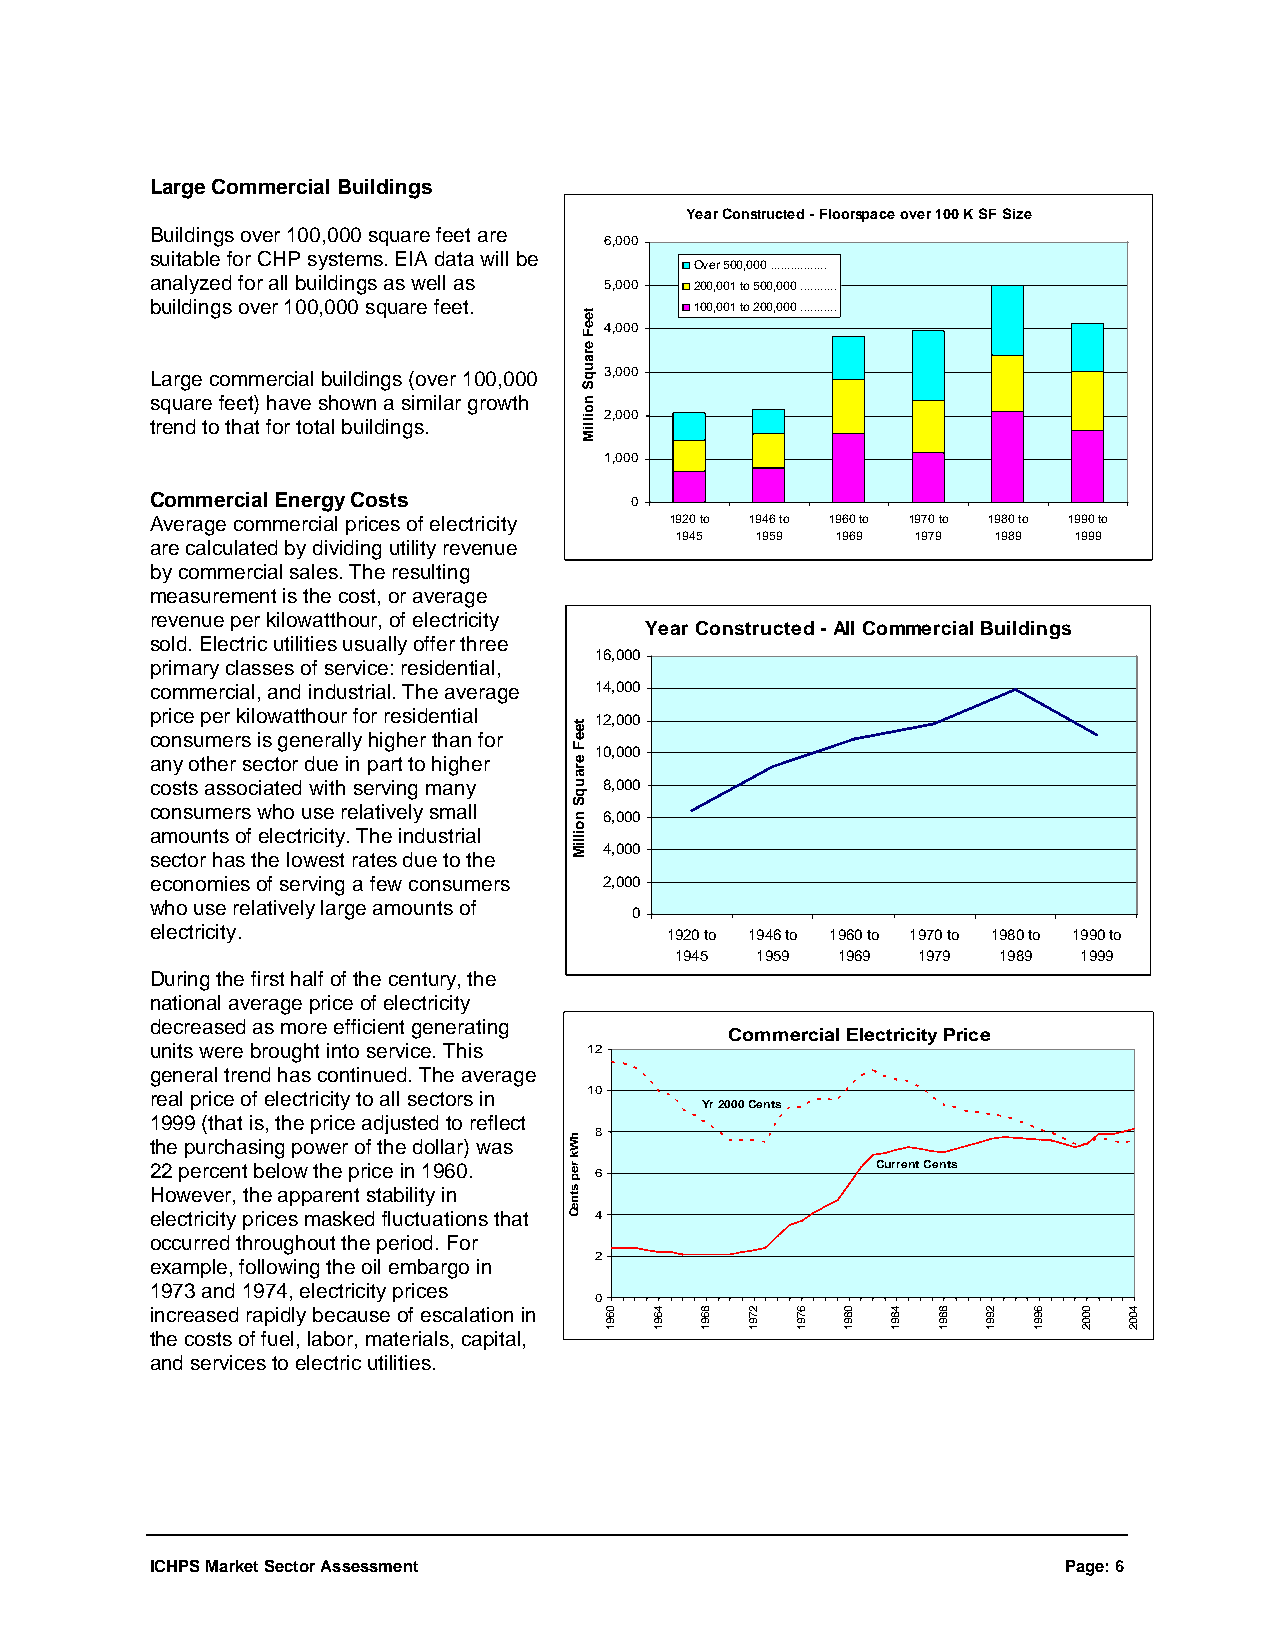
Large Commercial Buildings
 Year Constructed - Floorspace over 100 K SF Size
 Buildings over 100,000 square feet are
 6,000
 suitable for CHP systems. EIA data will be
 Over 500,000 .................
 analyzed for all buildings as well as 5,000 200,001 to 500,000 ...........
 buildings over 100,000 square feet. 100,001 to 200,000 ...........
 4,000
 Large commercial buildings (over 100,000 3,000
 square feet) have shown a similar growth
 2,000
 trend to that for total buildings.
 1,000
 Commercial Energy Costs         0
 Average commercial prices of electricity 1920 to 1946 to 1960 to 1970 to 1980 to 1990 to
 1945 1959 1969  1979 1989 1999
 are calculated by dividing utility revenue
 by commercial sales. The resulting
 measurement is the cost, or average
 revenue per kilowatthour, of electricity
 Year Constructed - All Commercial Buildings
 sold. Electric utilities usually offer three
 16,000
 primary classes of service: residential,
 commercial, and industrial. The average 14,000
 price per kilowatthour for residential
 12,000
 consumers is generally higher than for
 10,000
 any other sector due in part to higher
 costs associated with serving many 8,000
 consumers who use relatively small
 6,000
 amounts of electricity. The industrial
 4,000
 sector has the lowest rates due to the
 economies of serving a few consumers 2,000
 who use relatively large amounts of
 0
 electricity.
 1920 to 1946 to 1960 to 1970 to 1980 to 1990 to
 1945 1959 1969  1979 1989  1999
 During the first half of the century, the
 national average price of electricity
 decreased as more efficient generating
 Commercial Electricity Price
 units were brought into service. This 12
 general trend has continued. The average
 real price of electricity to all sectors in 10
 Yr 2000 Cents
 1999 (that is, the price adjusted to reflect
 8 the purchasing power of the dollar) was
 22 percent below the price in 1960. 6           Current Cents
 However, the apparent stability in
 electricity prices masked fluctuations that 4
 occurred throughout the period. For
 2
 example, following the oil embargo in
 1973 and 1974, electricity prices
 0
 increased rapidly because of escalation in
 the costs of fuel, labor, materials, capital,
 and services to electric utilities.
 ICHPS Market Sector Assessment                              Page: 6
 teeF
 erauqS
 noilliM
 hWk
 rep
 stneC
 teeF
 erauqS
 noilliM
 0691 4691 8691 2791 6791 0891 4891 8891 2991 6991 0002 4002